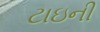
ટાઇની